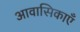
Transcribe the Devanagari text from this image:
आवासिकाएँ